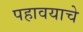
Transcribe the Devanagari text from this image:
पहावयाचे